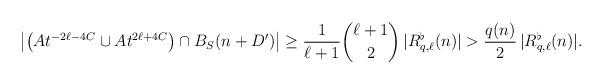
LaTeX: \begin{align*} \left| \big( A t^{-2\ell -4C} \cup A t^{2\ell+4C} \big) \cap B_S(n + D') \right| \ge \frac{1}{\ell+1} \binom{\ell +1}{2} \, | R_{q,\ell}^\flat(n)| > \frac{q(n)}{2} \, |R_{q,\ell}^\flat(n)|. \end{align*}